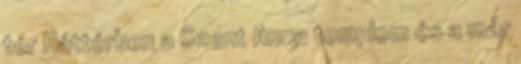
tér Háttérben a Szent Anna templom és a már